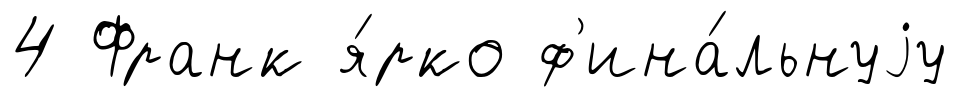
4 Франк я́рко ф'ина́льнуjу